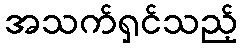
အသက်ရှင်သည့်